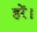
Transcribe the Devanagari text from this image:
हरें।